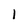
Character: 1